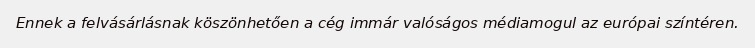
Ennek a felvásárlásnak köszönhetően a cég immár valóságos médiamogul az európai színtéren.